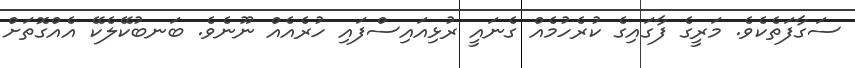
ސަގާފަތެކެވެ. މަރީގެ ފާގައިގެ ކުރެހުމެއް ގެނައީ ރުޅިއައިސްފައި ހުރެއެއް ނޫނެވެ. ބަނބުކޭލެކޭ އެއްގޮތަށް